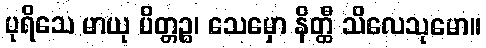
ပုရိသေ မာယု ပိတ္တဉ္စ၊ သေမှော နိတ္ထီ သိလေသုမော။